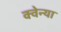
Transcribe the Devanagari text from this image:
क्वेन्या